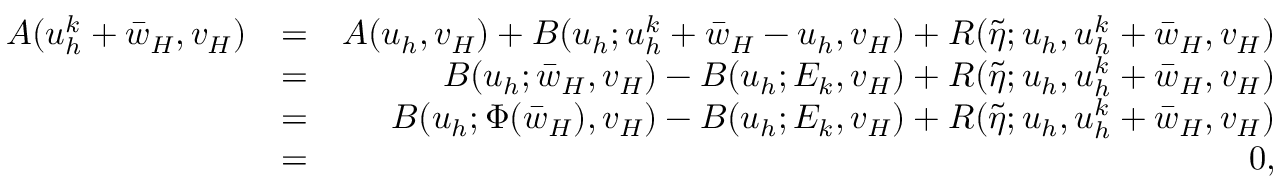
\begin{array} { r l r } { A ( u _ { h } ^ { k } + \bar { w } _ { H } , v _ { H } ) } & { = } & { A ( u _ { h } , v _ { H } ) + B ( u _ { h } ; u _ { h } ^ { k } + \bar { w } _ { H } - u _ { h } , v _ { H } ) + R ( \tilde { \eta } ; u _ { h } , u _ { h } ^ { k } + \bar { w } _ { H } , v _ { H } ) } \\ & { = } & { B ( u _ { h } ; \bar { w } _ { H } , v _ { H } ) - B ( u _ { h } ; E _ { k } , v _ { H } ) + R ( \tilde { \eta } ; u _ { h } , u _ { h } ^ { k } + \bar { w } _ { H } , v _ { H } ) } \\ & { = } & { B ( u _ { h } ; \Phi ( \bar { w } _ { H } ) , v _ { H } ) - B ( u _ { h } ; E _ { k } , v _ { H } ) + R ( \tilde { \eta } ; u _ { h } , u _ { h } ^ { k } + \bar { w } _ { H } , v _ { H } ) } \\ & { = } & { 0 , } \end{array}